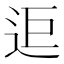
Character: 𨒑